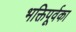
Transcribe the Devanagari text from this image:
भक्तिपूर्वका